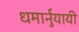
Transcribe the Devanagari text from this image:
धमार्नुयायी